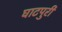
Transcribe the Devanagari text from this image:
घाटपुरी